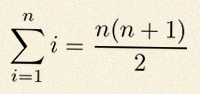
\sum_{i=1}^{n}i=\frac{n(n+1)}2